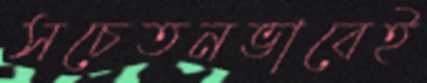
সচেতনভাবেই